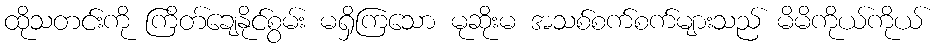
ထိုသတင်းကို ကြိတ်ချေနိုင်စွမ်း မရှိကြသော မုဆိုးမ အသစ်စက်စက်များသည် မိမိကိုယ်ကိုယ်